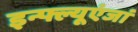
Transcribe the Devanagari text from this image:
इन्फ्ल्यूएंजां